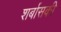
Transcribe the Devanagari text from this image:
शर्बासकी